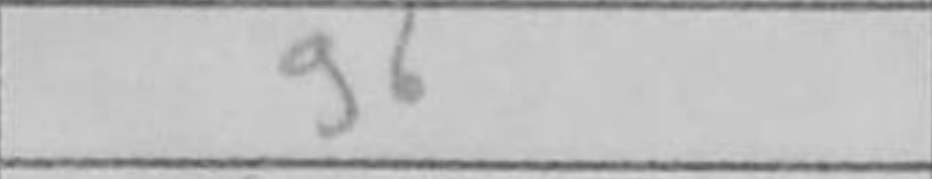
Transcription: g6